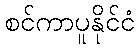
စင်ကာပူနိုင်ငံ